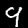
Label: 9